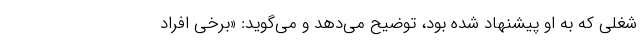
شغلی که به او پیشنهاد شده بود، توضیح می‌دهد و می‌گوید: «برخی افراد